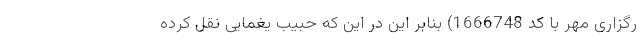
رگزاری مهر با کد 1666748) بنا‌بر این در این که حبیب یغمایی نقل کرده